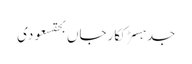
جدہسڑککارجاں بحقسعودی